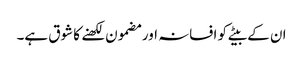
ان کے بیٹے کو افسانہ اور مضمون لکھنے کا شوق ہے۔